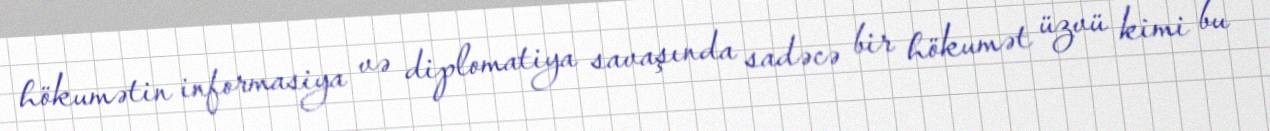
hökumətin informasiya və diplomatiya savaşında sadəcə bir hökumət üzvü kimi bu